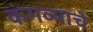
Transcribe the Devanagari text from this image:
कंगव्याचे